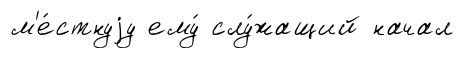
м'е́стнуjу ему́ слу́жащий начал